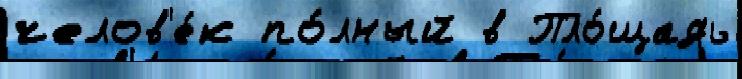
челов'е́к по́лный в Пло́щадь